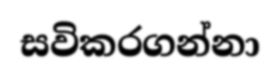
සවිකරගන්නා